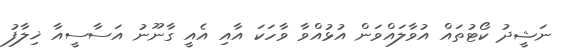
ނަޝީދު ކޯޓުތައް އުވާލައްވަން އުޅުއްވާ ވާހަކަ އާއި އެއީ ގާނޫނު އަސާސީއާ ޚިލާފު